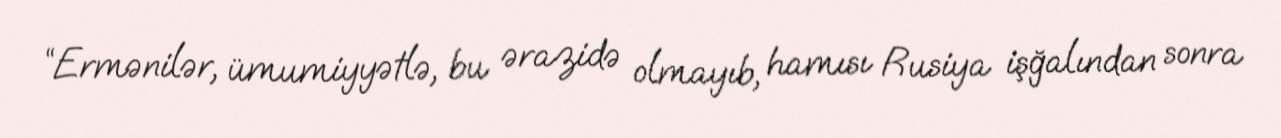
“Ermənilər, ümumiyyətlə, bu ərazidə olmayıb, hamısı Rusiya işğalından sonra